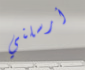
أرسلني